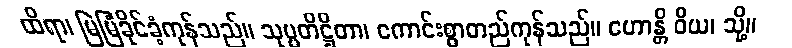
ထိရာ၊ မြဲမြံခိုင်ခံ့ကုန်သည်။ သုပ္ပတိဋ္ဌိတာ၊ ကောင်းစွာတည်ကုန်သည်။ ဟောန္တိ ဝိယ၊ သို့။